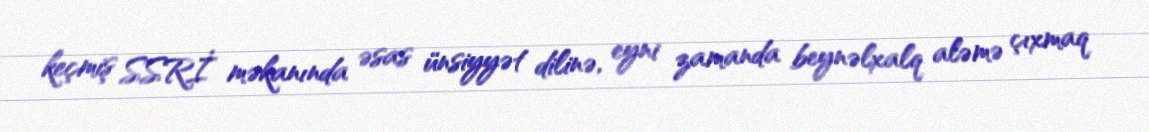
keçmiş SSRİ məkanında əsas ünsiyyət dilinə, eyni zamanda beynəlxalq aləmə çıxmaq